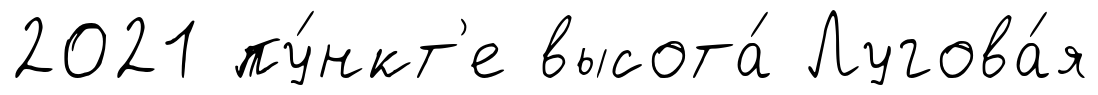
2021 пу́нкт'е высота́ Лугова́я